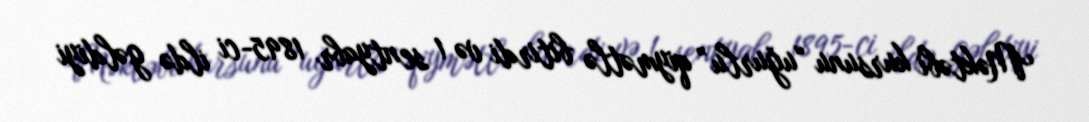
Məktəbi kursunu “uğurlu” qiymətlə bitirdi və 1 sentyabr 1895-ci ildə gəldiyi